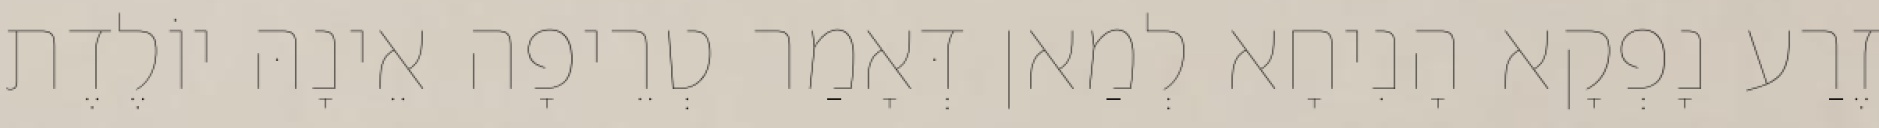
זֶרַע נָפְקָא הָנִיחָא לְמַאן דְּאָמַר טְרֵיפָה אֵינָהּ יוֹלֶדֶת